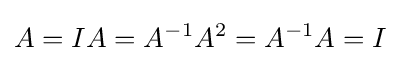
A=IA=A^{-1}A^{2}=A^{-1}A=I